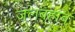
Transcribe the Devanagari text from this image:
जलबहाव